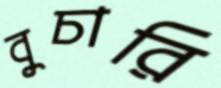
বুচারি